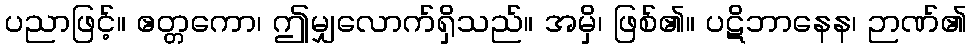
ပညာဖြင့်။ ဧတ္တကော၊ ဤမျှလောက်ရှိသည်။ အမှိ၊ ဖြစ်၏။ ပဋိဘာနေန၊ ဉာဏ်၏